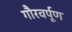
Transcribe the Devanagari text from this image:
गौरवर्पूण